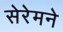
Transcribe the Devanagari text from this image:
सेरेमने